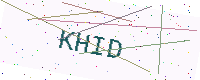
Text: KHID